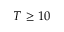
T \geq 1 0